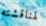
لمناقشته